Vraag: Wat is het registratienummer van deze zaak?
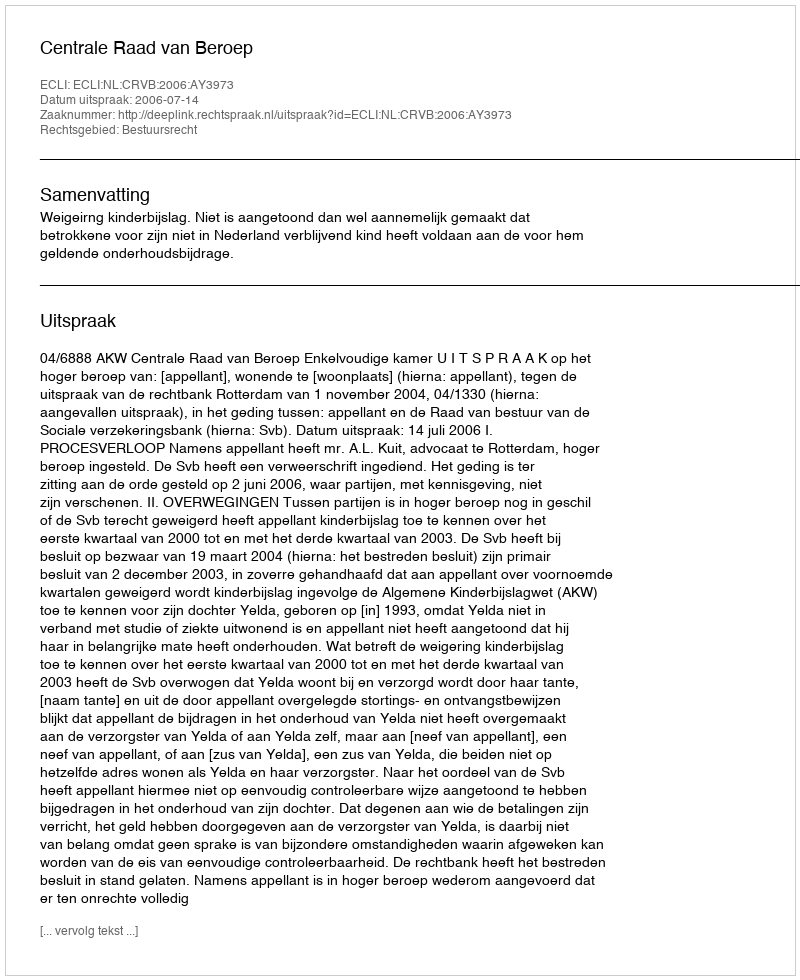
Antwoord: http://deeplink.rechtspraak.nl/uitspraak?id=ECLI:NL:CRVB:2006:AY3973